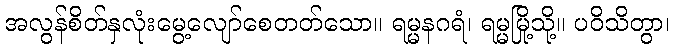
အလွန်စိတ်နှလုံးမွေ့လျော်စေတတ်သော။ ရမ္မနဂရံ၊ ရမ္မမြို့သို့။ ပဝိသိတွာ၊